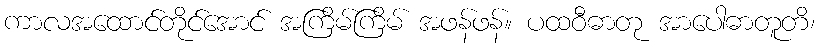
ကာလအထောင်တိုင်အောင် အကြိမ်ကြိမ် အဖန်ဖန်။ ပထဝီဓာတု အာပေါဓာတူတိ၊